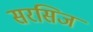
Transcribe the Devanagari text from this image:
सरसिज